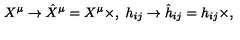
{ } X ^ { \mu } \rightarrow \hat { X } ^ { \mu } = X ^ { \mu } \times , \ h _ { i j } \rightarrow \hat { h } _ { i j } = h _ { i j } \times ,